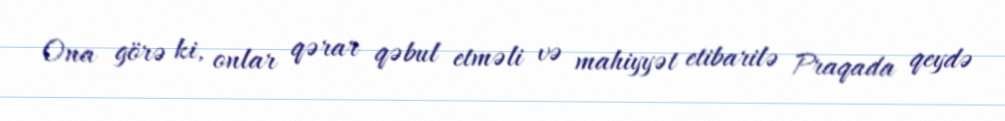
Ona görə ki, onlar qərar qəbul etməli və mahiyyət etibarilə Praqada qeydə